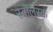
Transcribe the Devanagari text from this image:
स्वोलेंस्क